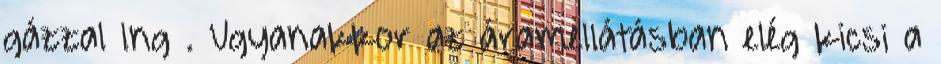
gázzal lng . Ugyanakkor az áramellátásban elég kicsi a